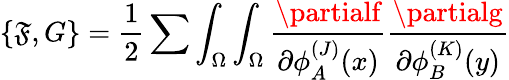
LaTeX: \{ \mathfrak{F},G\} ={\frac{{1}}{{2}}}\sum\int_{\Omega}\int_{\Omega}{\frac{{\partialf}}{{\partial\phi_{A}^{(J)}(x)}}}{\frac{{\partialg}}{{\partial\phi_{B}^{(K)}(y)}}}